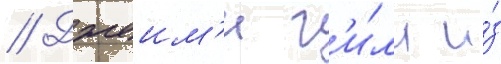
// Джеим'и г'и́лл и́з